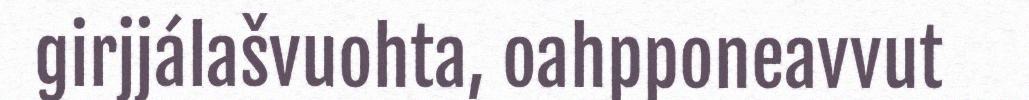
girjjálašvuohta, oahpponeavvut